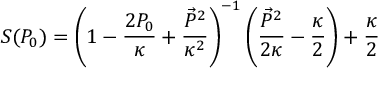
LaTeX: S ( P _ { 0 } ) = \left( 1 - \frac { 2 P _ { 0 } } { \kappa } + \frac { \vec { P } ^ { 2 } } { \kappa ^ { 2 } } \right) ^ { - 1 } \left( \frac { \vec { P } ^ { 2 } } { 2 \kappa } - \frac { \kappa } { 2 } \right) + \frac { \kappa } { 2 }